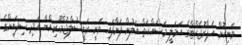
ވަނިކޮށް އެޕްރޮޖެކްޓްގެ އަމަލީ މަސައްކަތް އަލުން ފަށާފައި ވަނީ ރައީސުލްޖުމްހޫރިއްޔާ އަދި ސިފައިންގެ